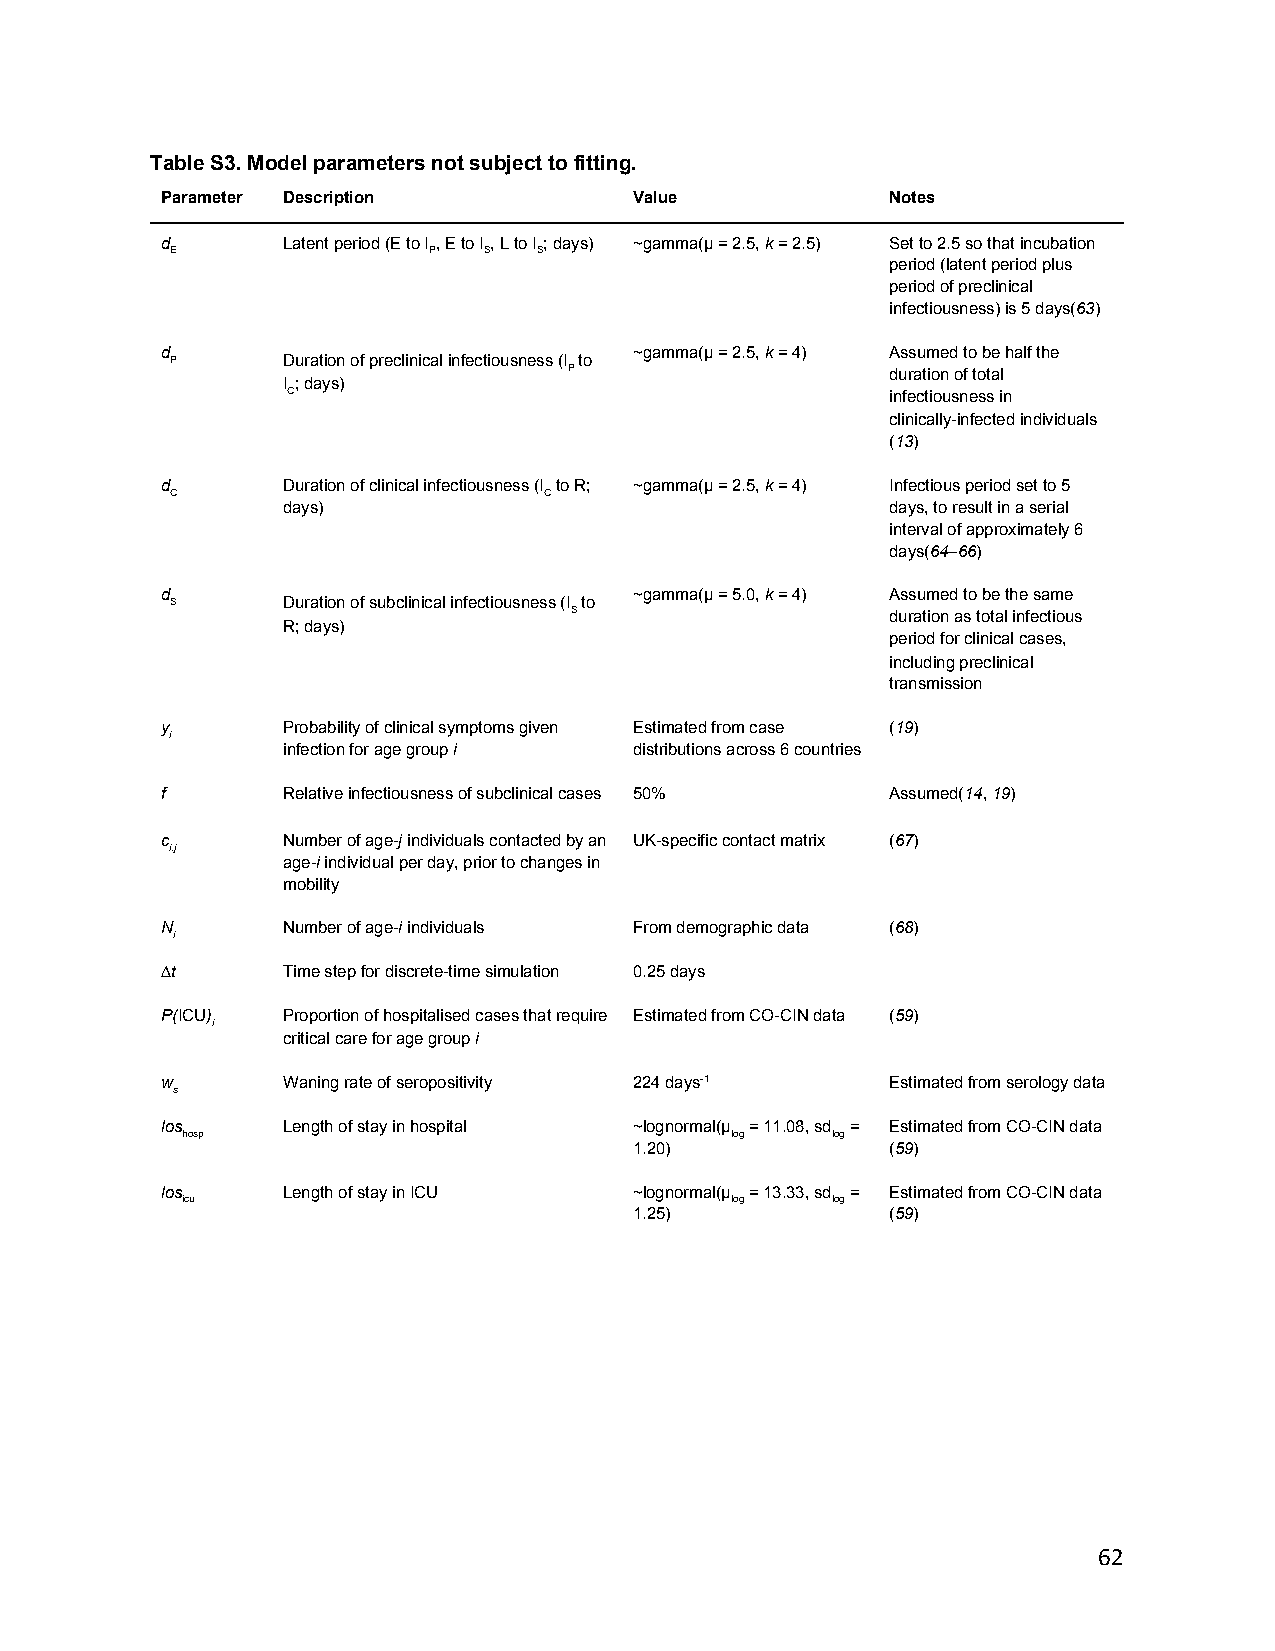
Table S3. Model parameters not subject to fitting.
 Parameter Description          Value            Notes
 d       Latent period (E to I , E to I , L to I ; days) ~gamma(µ = 2.5, k = 2.5) Set to 2.5 so that incubation
 ​E               ​P​ S​ ​ ​S​           ​​      period (latent period plus
 period of preclinical
 infectiousness) is 5 days(63)
 ​​ ​
 d                              ~gamma(µ = 2.5, k = 4) Assumed to be half the
 ​P      Duration of preclinical infectiousness (I to ​​
 ​P​ ​                duration of total
 I ; days)
 ​C​                                     infectiousness in
 clinically-infected individuals
 (13)
 ​ ​
 d       Duration of clinical infectiousness (I to R; ~gamma(µ = 2.5, k = 4) Infectious period set to 5
 ​C
 days)
 ​C​            ​​
 days, to result in a serial
 interval of approximately 6
 days(64–66)
 ​​ ​ ​ ​
 d                              ~gamma(µ = 5.0, k = 4) Assumed to be the same
 ​S      Duration of subclinical infectiousness (I to ​​
 ​S​ ​                duration as total infectious
 R; days)
 period for clinical cases,
 including preclinical
 transmission
 y       Probability of clinical symptoms given Estimated from case (19)
 ​i                                              ​ ​
 infection for age group i distributions across 6 countries
 ​
 f       Relative infectiousness of subclinical cases 50% Assumed(14, 19)
 ​​ ​ ​ ​
 c       Number of age-j individuals contacted by an UK-specific contact matrix (67)
 ​i,j           ​​                               ​ ​
 age-i individual per day, prior to changes in
 ​​
 mobility
 N       Number of age-i individuals From demographic data (68)
 ​i             ​​                               ​ ​
 ∆t      Time step for discrete-time simulation 0.25 days
 ​
 P(ICU)  Proportion of hospitalised cases that require Estimated from CO-CIN data (59)
 ​ ​​i                                          ​ ​
 critical care for age group i
 ​
 w       Waning rate of seropositivity 224 days-1 Estimated from serology data
 ​s                                 ​
 los     Length of stay in hospital ~lognormal(µ = 11.08, sd = Estimated from CO-CIN data
 ​hosp
 1.20)
 ​log​  ​log​
 (59)
 ​ ​
 los     Length of stay in ICU  ~lognormal(µ = 13.33, sd = Estimated from CO-CIN data
 ​icu
 1.25)
 ​log​  ​log​
 (59)
 ​ ​
 62